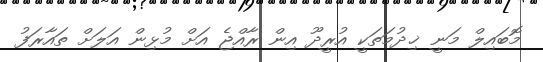
މޮބައިލް މަނީ ޚިދުމަތަކީ އުރީދޫ އިން ރާއްޖެ އަށް މުޅިން އަލަށް ތައާރަފު